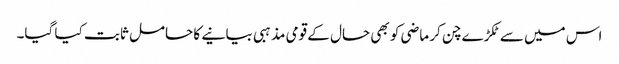
اس میں سے ٹکڑے چن کر ماضی کو بھی حال کے قومی مذہبی بیانیے کا حامل ثابت کیا گیا۔